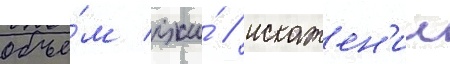
объе́м лжи́ / искажен'ии